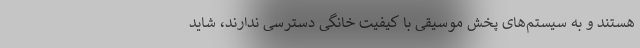
هستند و به سیستم‌های پخش موسیقی با کیفیت خانگی دسترسی ندارند، شاید